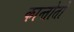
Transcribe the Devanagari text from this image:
कान्तोतो